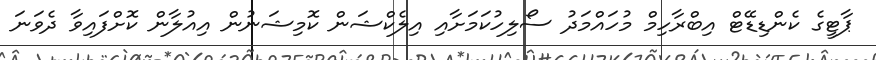
ޕާޓީގެ ކެންޑިޑޭޓް އިބްރާހިމް މުހައްމަދު ސޯލިހުކަމަށާއި އިލެކްޝަން ކޮމިޝަނުން އިއުލާން ކޮށްފައިވާ ދެވަނަ